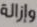
وإزالة